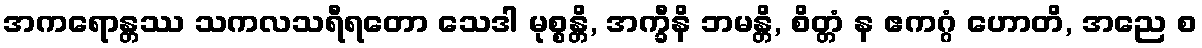
အကရောန္တဿ သကလသရီရတော သေဒါ မုစ္စန္တိ, အက္ခီနိ ဘမန္တိ, စိတ္တံ န ဧကဂ္ဂံ ဟောတိ, အညေ စ